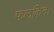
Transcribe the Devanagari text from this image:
फलकित।